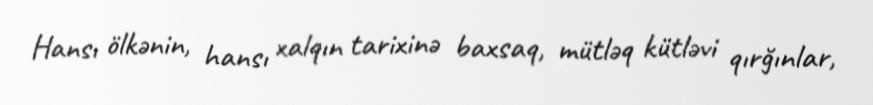
Hansı ölkənin, hansı xalqın tarixinə baxsaq, mütləq kütləvi qırğınlar,